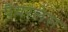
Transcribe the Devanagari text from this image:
पैयरलेस